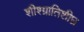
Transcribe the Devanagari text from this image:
शीश्ग्रातिशीघ्र